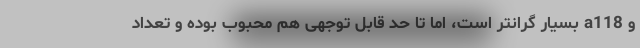
و a118 بسیار گرانتر است، اما تا حد قابل توجهی هم محبوب بوده و تعداد